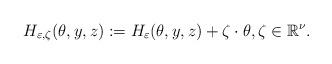
LaTeX: \begin{align*}H_{\varepsilon, \zeta}(\theta, y, z):=H_{\varepsilon}(\theta, y, z)+\zeta\cdot\theta, \zeta\in\mathbb{R}^{\nu}.\end{align*}